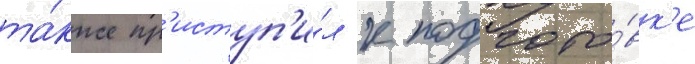
та́кже пр'иступ'и́л к подгото́вк'е